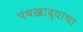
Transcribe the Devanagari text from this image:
पंचखाद्याचा